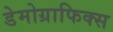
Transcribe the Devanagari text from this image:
डेमोग्राफिक्स